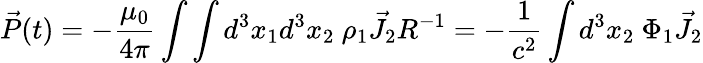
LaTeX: \vec{P}(t)=-\frac{\mu_{0}}{4\pi}\int\int d^{3}x_{1}d^{3}x_{2}~\rho_{1}\vec{J}_{2}R^{-1}=-\frac{1}{c^{2}}\int d^{3}x_{2}~\Phi_{1}\vec{J}_{2}